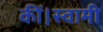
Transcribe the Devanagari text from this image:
कीं।स्वामी